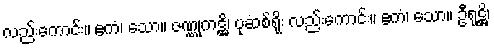
လည်းကောင်း။ ဧကံ၊ သော။ ဇဏ္ဏုကဋ္ဌိ၊ ပုဆစ်ရိုး လည်းကောင်း။ ဧကံ၊ သော။ ဦရုဋ္ဌိ၊